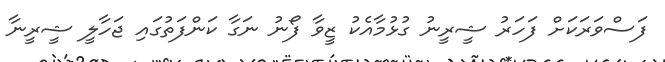
ފަސްވަރަކަށް ފަހަރު ޝީރީނު ގުޅުމާއެކު ޒީވާ ފޯނު ނަގާ ކަންފަތުގައި ޖަހާލީ ޝީރީނާ